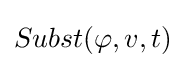
Subst(\varphi ,v,t)